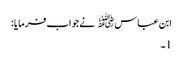
ابن عباس﷜ نےجواب فرمایا :
1۔